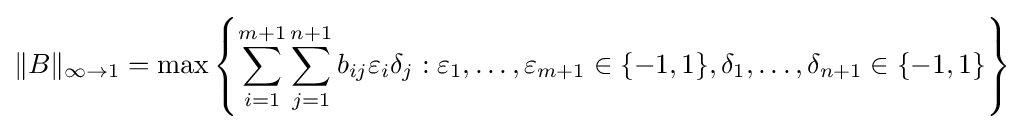
\|B\|_{\infty \to 1}=\max \left\{\sum _{i=1}^{m+1}\sum _{j=1}^{n+1}b_{ij}\varepsilon _{i}\delta _{j}:\varepsilon _{1},\ldots ,\varepsilon _{m+1}\in \{-1,1\},\delta _{1},\ldots ,\delta _{n+1}\in \{-1,1\}\right\}